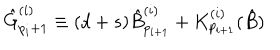
{ \hat { G } } _ { p _ { i } + 1 } ^ { ( i ) } \equiv ( d + s ) { \hat { B } } _ { p _ { i + 1 } } ^ { ( i ) } + { K } _ { p _ { i + 1 } } ^ { ( i ) } ( \hat { B } )